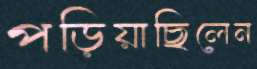
পড়িয়াছিলেন